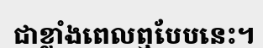
ជាខ្លាំងពេលឮបែបនេះ។